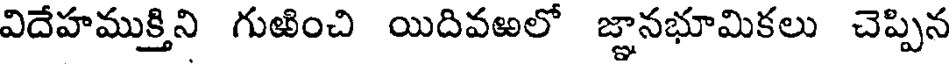
విదేహముక్తిని గుఱించి యిదివఱలో జ్ఞానభూమికలు చెప్పిన